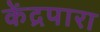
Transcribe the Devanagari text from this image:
केंद्रपारा